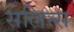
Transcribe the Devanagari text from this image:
सलिन्स